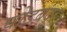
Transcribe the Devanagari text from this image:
घोड़बंदर